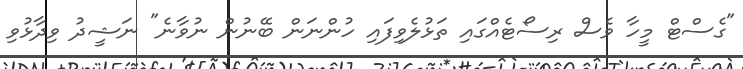
"ގެސްޓް މީހާ ވެސް ރިސޯޓެއްގައި ތަޅުލެވިފައި ހުންނަން ބޭނުން ނުވާނެ" ނަޝީދު ވިދާޅުވި